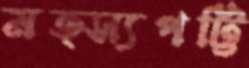
মত্স্যপট্টি